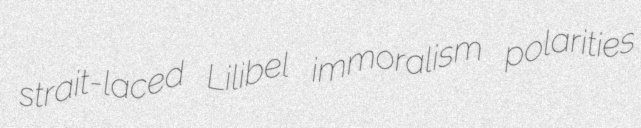
strait-laced Lilibel immoralism polarities